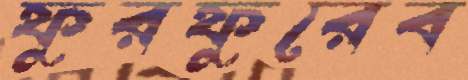
ফুরফুরেব